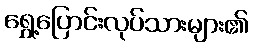
ရွှေ့ပြောင်းလုပ်သားများ၏